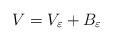
LaTeX: \begin{align*} V =V_\varepsilon + B_\varepsilon\end{align*}